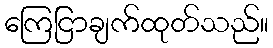
ကြေငြာချက်ထုတ်သည်။